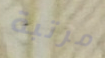
مرتبة